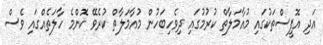
އަދި އޮފީސްތަކުގައި މުއާމަލާތް ކުރުމުގައި ދިވެހިބަހުން މުއާމަލާތް ކުރެވޭ ކޮންމެ ހާލަތެއްގައި ވެސް